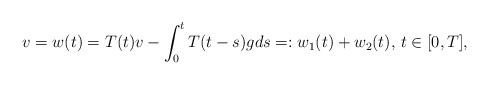
\begin{align*} v = w(t) = T(t)v - \int_{0}^{t}T(t-s)g ds=:w_1(t)+w_2(t),\,t\in[0,T], \end{align*}